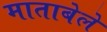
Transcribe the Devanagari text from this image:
माताबेले